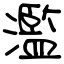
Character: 濫